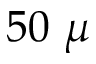
5 0 ~ \mu